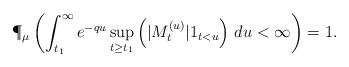
LaTeX: \begin{align*} \P_{\mu}\left(\int_{t_1}^{\infty}e^{-qu}\sup_{t\ge t_1}\left(|M^{(u)}_{t}| 1_{t<u}\right)\,du<\infty\right)=1.\end{align*}